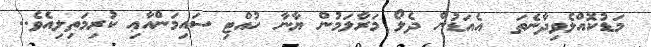
މަޑުކޮއްލެވިދާނެތަ  އެއަޑުން ދެލޯ މަރާލަމުން ޔާނާ ހުއްޓި ސައިމަންއާޢި ކުރިމަތިލިއެވެ..